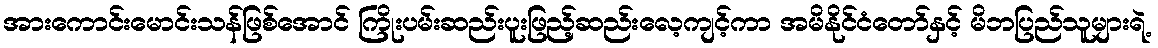
အားကောင်းမောင်းသန်ဖြစ်အောင် ကြိုးပမ်းဆည်းပူးဖြည့်ဆည်းလေ့ကျင့်ကာ အမိနိုင်ငံတော်နှင့် မိဘပြည်သူများရဲ့